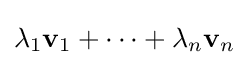
\lambda _{1}\mathbf {v} _{1}+\cdots +\lambda _{n}\mathbf {v} _{n}